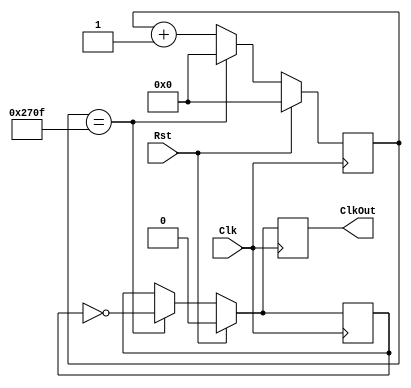
`timescale 1ns / 1ps 
module ClkDiv(Clk, Rst, ClkOut);
   input Clk, Rst;
   output reg ClkOut;
  //to create 5000 Hz clock from 100-MHz on the board
  //freg_ClkOut =  freq_Clk/ [2*[DIVVAL+1]]
  parameter DivVal = 9999;  
   reg [25:0] DivCnt;
   reg ClkInt;
	
   always @(posedge Clk) begin
      if( Rst == 1 )begin
         DivCnt <= 0;
         ClkOut <= 0;
         ClkInt <= 0;
      end
      else begin
         if( DivCnt == DivVal ) begin
            	ClkOut <= ~ClkInt;
            	ClkInt <= ~ClkInt;
            	DivCnt <= 0;
         end
         else begin
            	ClkOut <= ClkInt;
            	ClkInt <= ClkInt;
            	DivCnt <= DivCnt + 1;
         end
      end
   end
endmodule